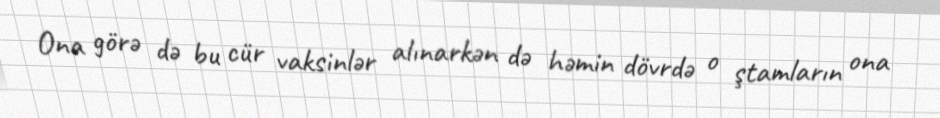
Ona görə də bu cür vaksinlər alınarkən də həmin dövrdə o ştamların ona